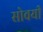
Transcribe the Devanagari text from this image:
सोवयी